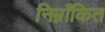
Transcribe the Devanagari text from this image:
निम्नाँकित